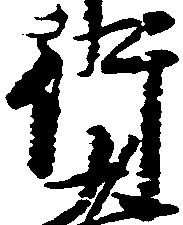
行